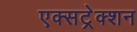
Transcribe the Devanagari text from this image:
एक्सट्रेक्शन